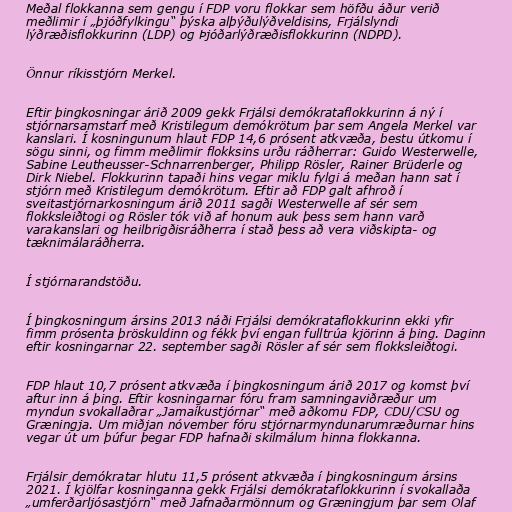
Meðal flokkanna sem gengu í FDP voru flokkar sem höfðu áður verið
meðlimir í „þjóðfylkingu“ þýska alþýðulýðveldisins, Frjálslyndi
lýðræðisflokkurinn (LDP) og Þjóðarlýðræðisflokkurinn (NDPD).

Önnur ríkisstjórn Merkel.

Eftir þingkosningar árið 2009 gekk Frjálsi demókrataflokkurinn á ný í
stjórnarsamstarf með Kristilegum demókrötum þar sem Angela Merkel var
kanslari. Í kosningunum hlaut FDP 14,6 prósent atkvæða, bestu útkomu í
sögu sinni, og fimm meðlimir flokksins urðu ráðherrar: Guido Westerwelle,
Sabine Leutheusser-Schnarrenberger, Philipp Rösler, Rainer Brüderle og
Dirk Niebel. Flokkurinn tapaði hins vegar miklu fylgi á meðan hann sat í
stjórn með Kristilegum demókrötum. Eftir að FDP galt afhroð í
sveitastjórnarkosningum árið 2011 sagði Westerwelle af sér sem
flokksleiðtogi og Rösler tók við af honum auk þess sem hann varð
varakanslari og heilbrigðisráðherra í stað þess að vera viðskipta- og
tæknimálaráðherra.

Í stjórnarandstöðu.

Í þingkosningum ársins 2013 náði Frjálsi demókrataflokkurinn ekki yfir
fimm prósenta þröskuldinn og fékk því engan fulltrúa kjörinn á þing. Daginn
eftir kosningarnar 22. september sagði Rösler af sér sem flokksleiðtogi.

FDP hlaut 10,7 prósent atkvæða í þingkosningum árið 2017 og komst því
aftur inn á þing. Eftir kosningarnar fóru fram samningaviðræður um
myndun svokallaðrar „Jamaíkustjórnar“ með aðkomu FDP, CDU/CSU og
Græningja. Um miðjan nóvember fóru stjórnarmyndunarumræðurnar hins
vegar út um þúfur þegar FDP hafnaði skilmálum hinna flokkanna.

Frjálsir demókratar hlutu 11,5 prósent atkvæða í þingkosningum ársins
2021. Í kjölfar kosninganna gekk Frjálsi demókrataflokkurinn í svokallaða
„umferðarljósastjórn“ með Jafnaðarmönnum og Græningjum þar sem Olaf